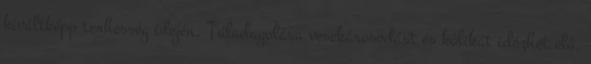
kiváltképp terhesség idején. Túladagolása vesekárosodást és kólikát idézhet elő,